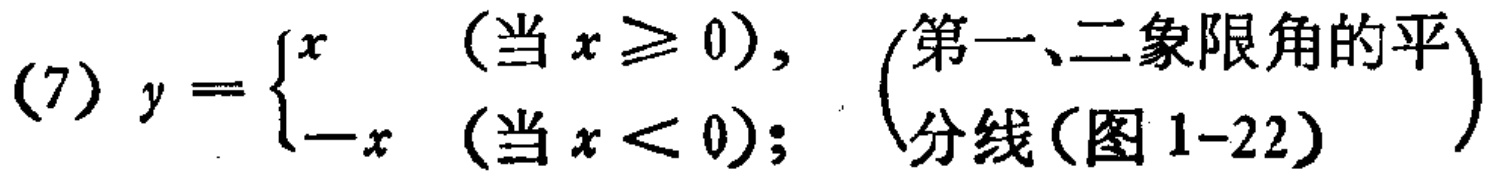
(7) \(y = \begin{cases}
x & (\text{当 } x \geq 0), \\
-x & (\text{当 } x < 0);
\end{cases}\) （第一、二象限角的平分线（图1-22））